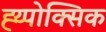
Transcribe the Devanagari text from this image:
ह्य्पोक्सिक